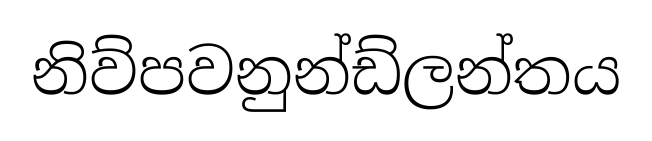
නිව්පවනුන්ඩ්ලන්තය